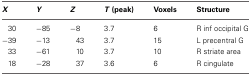
| X | Y | Z | T (peak) | Voxels | Structure |
 | --- | --- | --- | --- | --- | --- |
 | 30 | −85 | −8 | 3.7 | 6 | R inf occipital G |
 | −39 | −13 | 43 | 3.7 | 15 | L precentral G |
 | 33 | −61 | 10 | 3.7 | 10 | R striate area |
 | 18 | −28 | 37 | 3.6 | 6 | R cingulate |